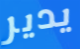
يدير